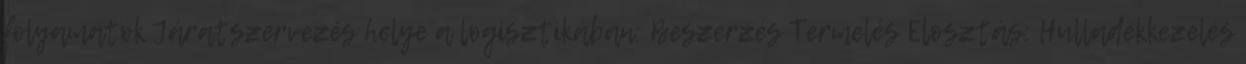
folyamatok Járatszervezés helye a logisztikában: Beszerzés Termelés Elosztás: Hulladékkezelés